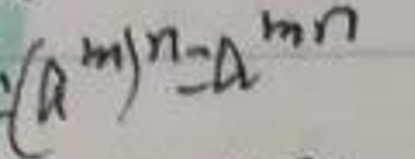
\[(a^m)^n = a^{mn}\]